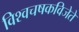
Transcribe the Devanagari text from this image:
विश्वचषकविजेते